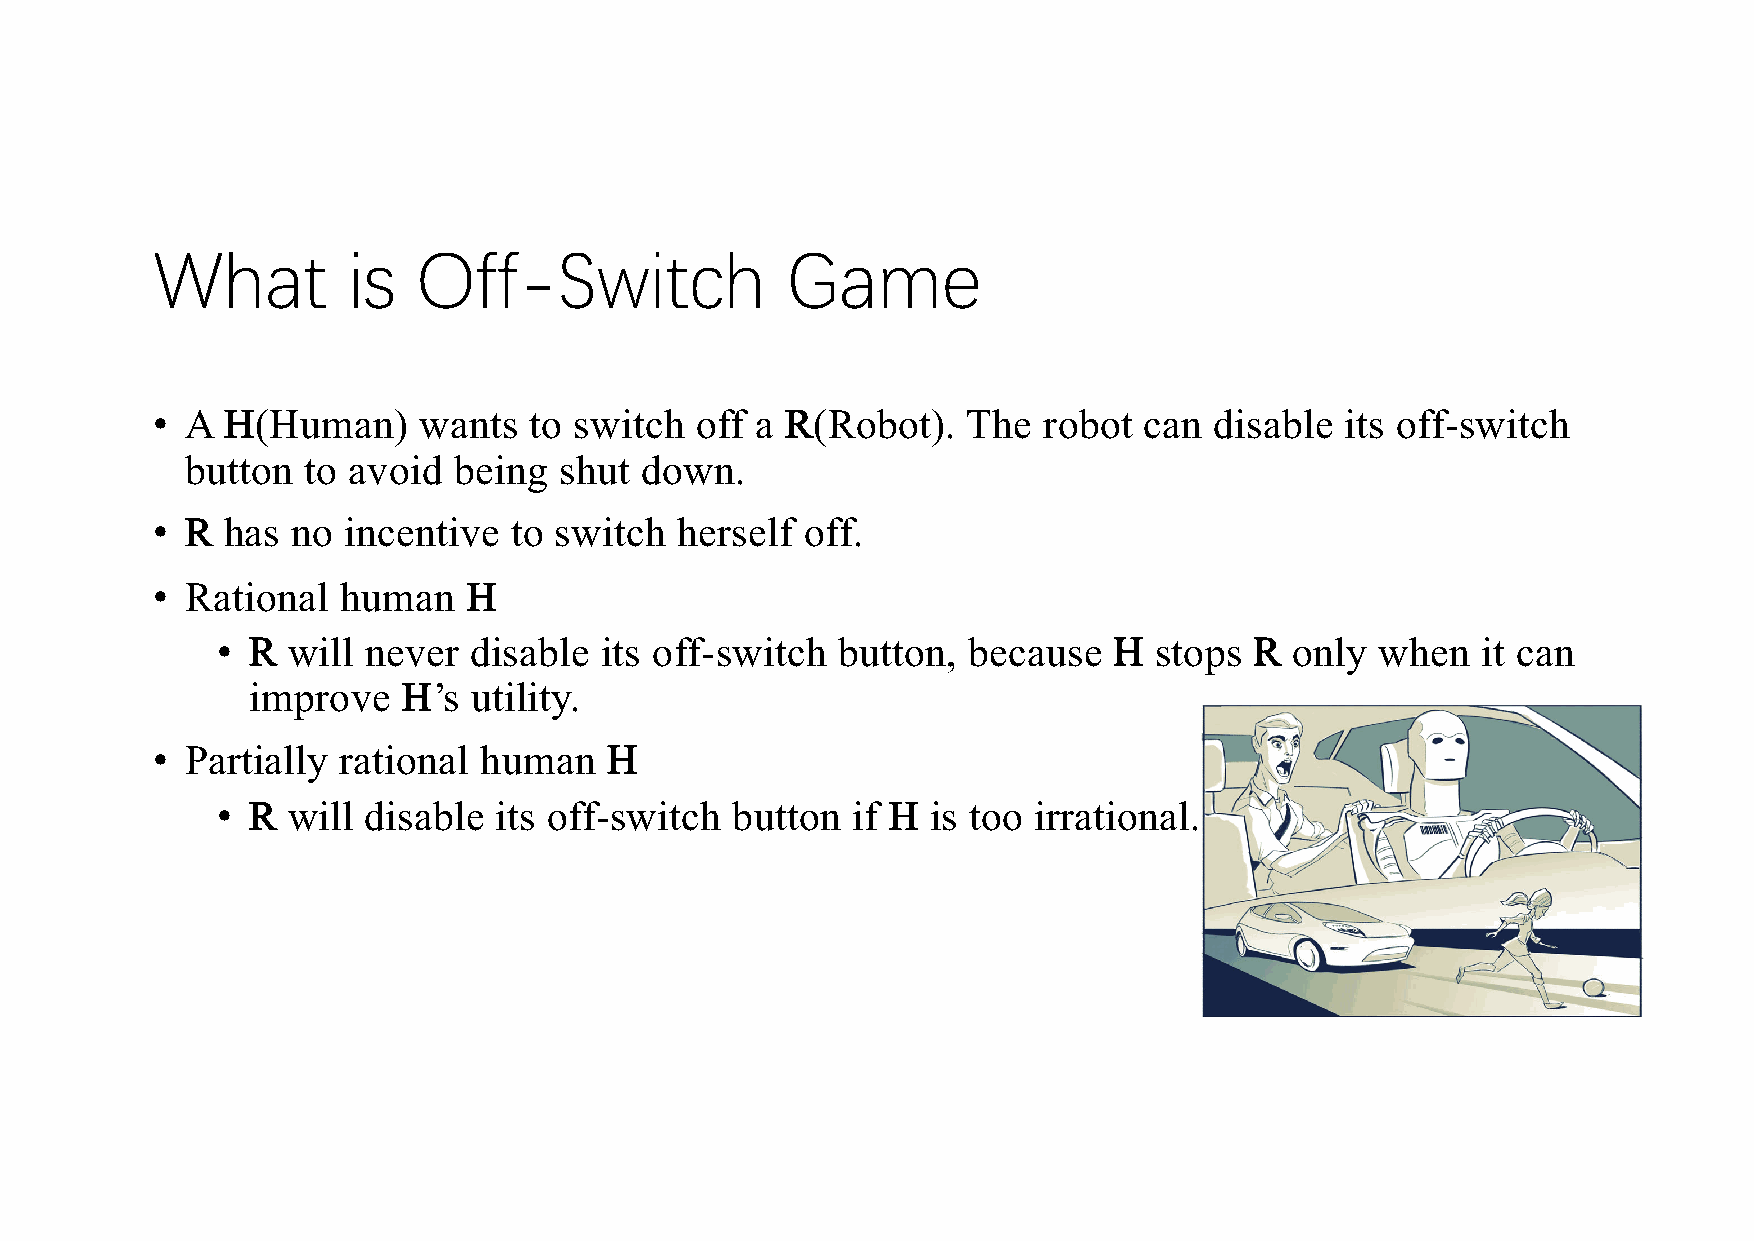
What         is   Off-Switch              Game
 • A  H(Human)     wants  to switch  off a R(Robot).   The  robot  can disable  its off-switch
 button  to avoid  being  shut down.
 • R  has no  incentive  to switch  herself off.
 • Rational  human    H
 • R  will never  disable  its off-switch button,  because   H stops  R  only when   it can
 improve    H’s utility.
 • Partially rational  human   H
 • R  will disable  its off-switch button  if H  is too irrational.